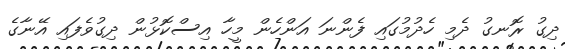
ދިގު ރޮނގު ދެމި ހެދުމުގައި ފެންނަ އަންހެން މީހާ އިސްކޮޅުން ދިގުވެފައި އޭނާގެ